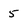
Character: 5